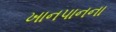
ખાનપાનના